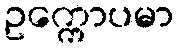
ဥက္ကောပမာ